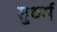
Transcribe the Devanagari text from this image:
सुधर्म